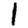
Digit: 1